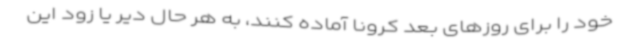
خود را برای روزهای بعد کرونا آماده کنند، به هر حال دیر یا زود این